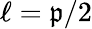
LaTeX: \ell=\mathfrak{p}/2